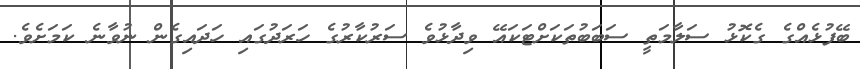
ބޭފުޅެއްގެ ގެކޮޅު ސަލާމަތީ ސަބަބުތަކަށްޓަކައޭ ވިދާޅުވެ ސަރުކާރުގެ ހަރަދުގައި ހަދައިގެން ނުވާނެ ކަމަށެވެ.